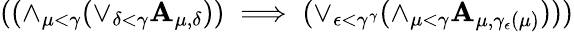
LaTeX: ((\land_{\mu<\gamma}{(\lor_{\delta<\gamma}{\mathbf{A}_{\mu,\delta}})})\implies(\lor_{\epsilon<\gamma^{\gamma}}{(\land_{\mu<\gamma}{\mathbf{A}_{\mu,\gamma_{\epsilon}(\mu)})}}))